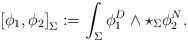
LaTeX: \begin{align*}\left[\phi_1,\phi_2\right]_{\Sigma}:=\int_{\Sigma}\phi^D_1\wedge\star_{\Sigma}\phi^N_2.\end{align*}